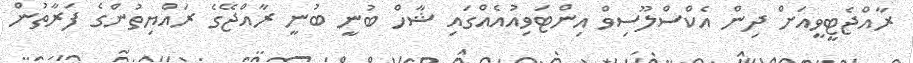
ރާއްޖެޓީވީއަށް ދިން އެކްސްލޫސިވް އިންޓަވިއުއެއްގައި ޝާހް ބުނީ ބުނީ ރާއްޖޭގެ ރައްޔިތުންގެ ފަރާތުން